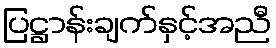
ပြဋ္ဌာန်းချက်နှင့်အညီ